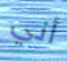
أني